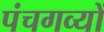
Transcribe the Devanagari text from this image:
पंचगव्यों